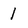
Character: l